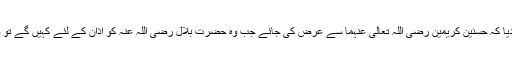
بعض صحابہ نے مشورہ دیا کہ حسنین کریمین رضی اللہ تعالی عنہما سے عرض کی جائے جب وہ حضرت بلال رضی اللہ عنہ کو اذان کے لئے کہیں گے تو وہ انکار نہ کر سکیں گے۔